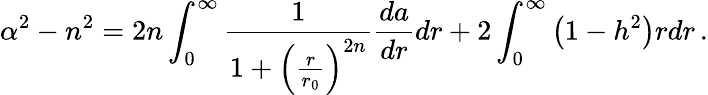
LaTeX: \alpha^{2}-n^{2}=2n\int_{0}^{\infty}{\frac{1}{1+\left({\frac{r}{r_{0}}}\right)^{2n}}}{\frac{da}{dr}}dr+2\int_{0}^{\infty}\left(1-h^{2}\right)rdr\, .